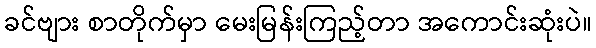
ခင်ဗျား စာတိုက်မှာ မေးမြန်းကြည့်တာ အကောင်းဆုံးပဲ။